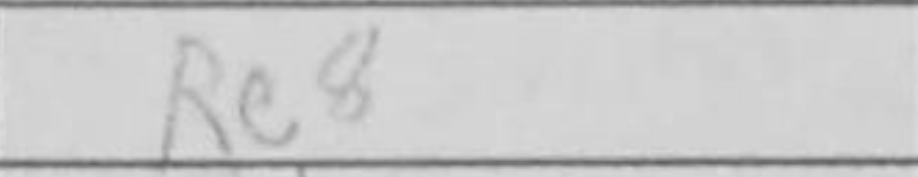
Transcription: Re8